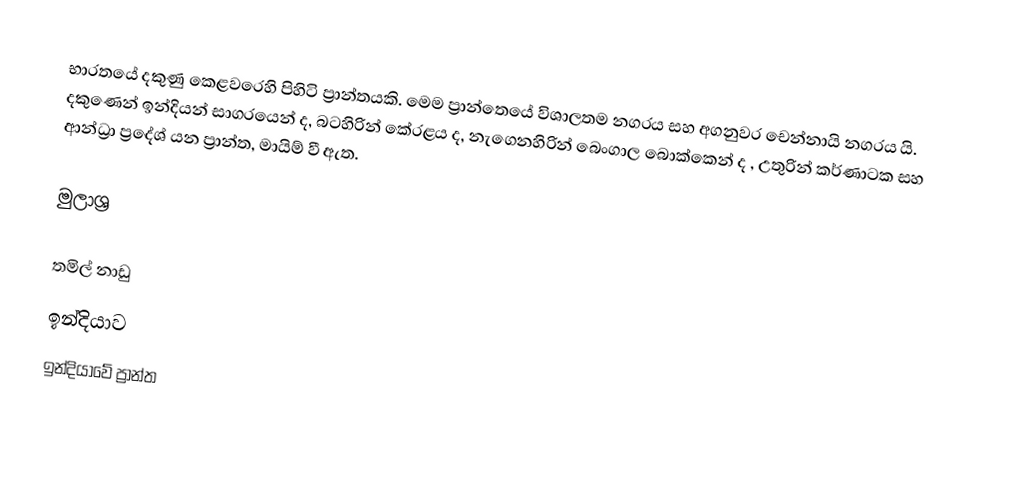
භාරතයේ දකුණු කෙළවරෙහි පිහිටි ප්‍රාන්තයකි. මෙම ප්‍රාන්තෙයේ විශාලතම නගරය සහ අගනුවර චෙන්නායි නගරය යි. දකුණෙන් ඉන්දියන් සාගරයෙන් ද, බටහිරින් කේරළය  ද, නැගෙනහිරින් බෙංගාල බොක්කෙන් ද , උතුරින් කර්ණාටක සහ ආන්ධ්‍රා ප්‍රදේශ්  යන ප්‍රාන්ත, මායිම් වී ඇත.

මුලාශ්‍ර

තමිල් නාඩු
ඉන්දියාව
ඉන්දියාවේ ප්‍රාන්ත